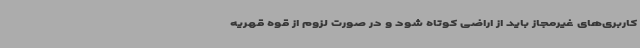
کاربری‌های غیرمجاز باید از اراضی کوتاه شود و در صورت لزوم از قوه قهریه